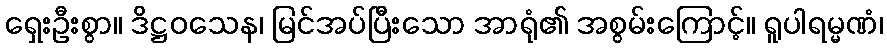
ရှေးဦးစွာ။ ဒိဋ္ဌဝသေန၊ မြင်အပ်ပြီးသော အာရုံ၏ အစွမ်းကြောင့်။ ရူပါရမ္မဏံ၊